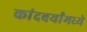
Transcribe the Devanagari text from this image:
कांदबर्यांमध्ये